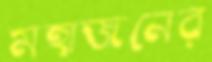
মহাজনের